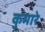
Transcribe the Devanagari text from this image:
कुमारे